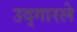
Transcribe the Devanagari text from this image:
उद्‌गारले